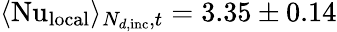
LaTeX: \langle\mathrm{Nu}_{\textrm{local}}\rangle_{N_{d\textrm{,inc}},t}=3.35\pm 0.14